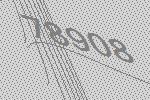
78908